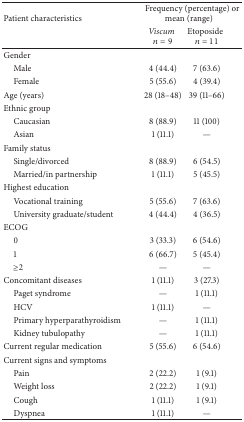
| <ROWSPAN=2> Patient characteristics | <COLSPAN=2> Frequency (percentage) or mean (range) |
 | Viscum n = 9 | Etoposiden = 11 |
 | --- | --- | --- |
 | Gender |  |  |
 | Male | 4 (44.4) | 7 (63.6) |
 | Female | 5 (55.6) | 4 (39.4) |
 | Age (years) | 28 (18–48) | 39 (11–66) |
 | Ethnic group |  |  |
 | Caucasian | 8 (88.9) | 11 (100) |
 | Asian | 1 (11.1) | — |
 | Family status |  |  |
 | Single/divorced | 8 (88.9) | 6 (54.5) |
 | Married/in partnership | 1 (11.1) | 5 (45.5) |
 | Highest education |  |  |
 | Vocational training | 5 (55.6) | 7 (63.6) |
 | University graduate/student | 4 (44.4) | 4 (36.5) |
 | ECOG |  |  |
 | 0 | 3 (33.3) | 6 (54.6) |
 | 1 | 6 (66.7) | 5 (45.4) |
 | ≥2 | — | — |
 | Concomitant diseases | 1 (11.1) | 3 (27.3) |
 | Paget syndrome | — | 1 (11.1) |
 | HCV | 1 (11.1) | — |
 | Primary hyperparathyroidism | — | 1 (11.1) |
 | Kidney tubulopathy | — | 1 (11.1) |
 | Current regular medication | 5 (55.6) | 6 (54.6) |
 | Current signs and symptoms |  |  |
 | Pain | 2 (22.2) | 1 (9.1) |
 | Weight loss | 2 (22.2) | 1 (9.1) |
 | Cough | 1 (11.1) | 1 (9.1) |
 | Dyspnea | 1 (11.1) | — |